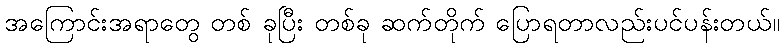
အကြောင်းအရာတွေ တစ် ခုပြီး တစ်ခု ဆက်တိုက် ပြောရတာလည်းပင်ပန်းတယ်။